Vital statistics of India. Vol. V, Reports of 1876 on armies & jails and on epidemic cholera
Year: 1876
Disease focus: Cholera
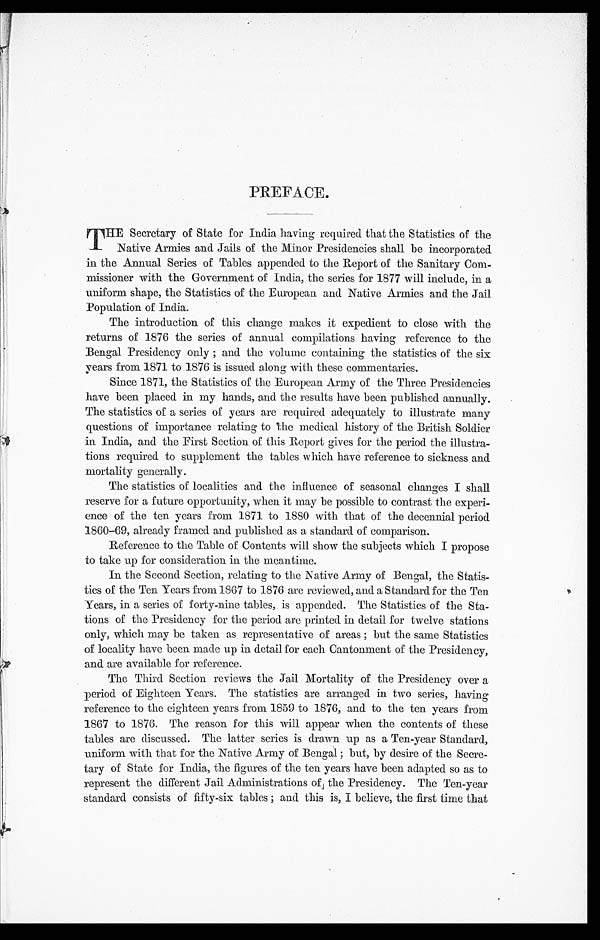
PREFACE.
THE Secretary of State for India having required that the Statistics of the
Native Armies and Jails of the Minor Presidencies shall be incorporated
in the Annual Series of Tables appended to the Report of the Sanitary Com-
-missioner with the Government of India, the series for 1877 will include, in a
uniform shape, the Statistics of the European. and Native Armies and the Jail
Population of India.
The introduction of this change makes it expedient to close with the
returns of 1876 the series of annual compilations having reference to the
Bengal Presidency only ; and the volume containing the statistics of the six
years from 1871 to 1876 is issued along with these commentaries.
Since 1871, the Statistics of the European Army of the Three Presidencies
have been placed in my hands, and the results have been published annually.
The statistics of a series or years are required adequately to illustrate many
questions of importance relating to the medical history of the British Soldier
in India, and the First Section of this Report gives for the period the illustra--
tions required to supplement the tables which have reference to sickness and
mortality generally.
The statistics of localities and the influence of seasonal changes I shall
reserve for a future opportunity, when it may be possible to contrast the experi--
ence of the ten years from 1871 to 1880 with that of the decennial period
1860-69, already framed and published as a standard of comparison.
Reference to the Table of Contents will show the subjects which I propose
to take up for consideration in the meantime.
In the Second Section, relating to the Native Army of Bengal, the Statis-
-tics of the Ten Years from 1867 to 1876 are reviewed, and a Standard for the Ten
Years, in a series of forty-nine tables, is appended. The Statistics of the Sta-
tions of the Presidency for the period are printed. in detail for twelve stations
only, which may be taken as representative of areas ; but the same Statistics
of locality have been made up in detail for each Cantonment of the Presidency,
and are available for reference.
The Third Section reviews the Jail Mortality of the Presidency over a
period of Eighteen Years. The statistics are arranged in two series, having
reference to the eighteen years from 1859 to 1876, and to the ten years from
1867 to 1876. The reason for this will appear when the contents of these
tables are discussed. The latter series is drawn up as a Ten-year Standard,
uniform with that for the Native Army of Bengal ; but, by desire of the Secre--
tary of State for India, the figures of the ten years have been adapted so as to
represent the different Jail Administrations of the Presidency. The Ten-year
standard. consists of fifty-six tables ; and this is, I believe, the first time that